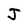
Character: J